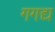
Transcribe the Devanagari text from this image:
गगद्य